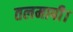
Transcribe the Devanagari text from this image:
तलमापी।